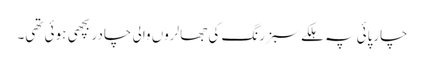
چارپائی پہ ہلکے سبز رنگ کی جھالروں والی چادر بچھی ہوئی تھی۔